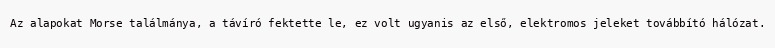
Az alapokat Morse találmánya, a távíró fektette le, ez volt ugyanis az első, elektromos jeleket továbbító hálózat.